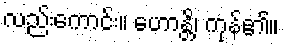
လည်းကောင်း။ ဟောန္တိ၊ ကုန်၏။